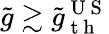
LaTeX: \tilde{g}\gtrsim\tilde{g}_{\mathrm{~t~h~}}^{\mathrm{~U~S~}}